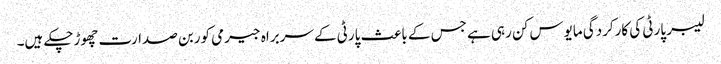
لیبر پارٹی کی کارکردگی مایوس کن رہی ہے جس کے باعث پارٹی کے سربراہ جیرمی کوربن صدارت چھوڑچکے ہیں۔